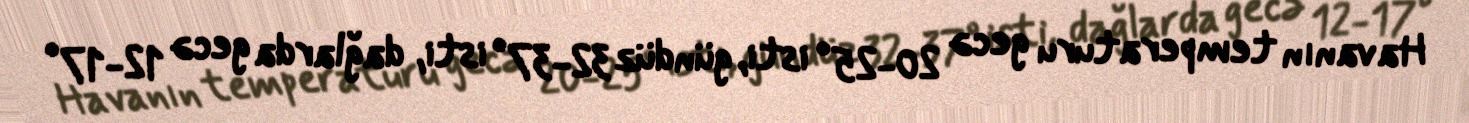
Havanın temperaturu gecə 20-25° isti, gündüz 32-37° isti, dağlarda gecə 12-17°